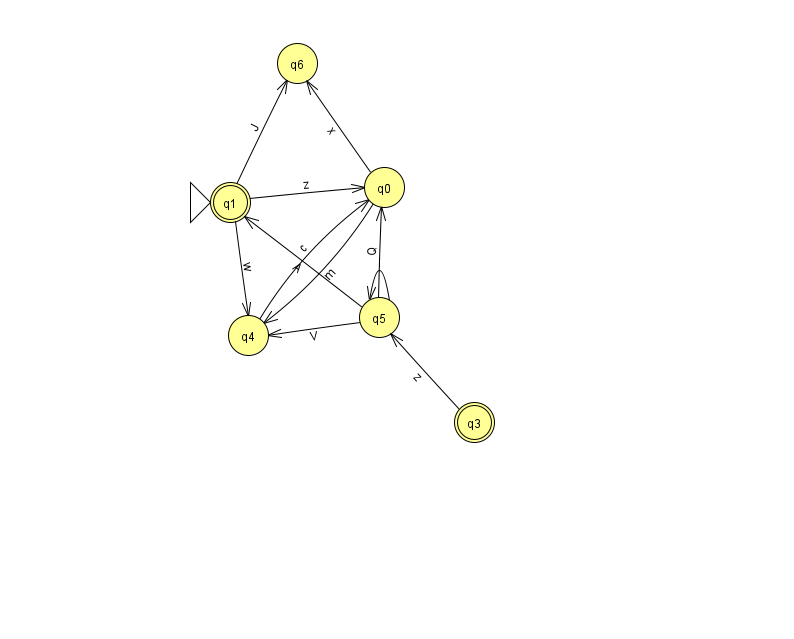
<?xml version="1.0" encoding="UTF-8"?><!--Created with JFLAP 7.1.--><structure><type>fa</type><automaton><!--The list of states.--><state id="0" name="q0"><x>384.0</x><y>174.0</y></state><state id="1" name="q1"><x>230.0</x><y>189.0</y><initial/><final/></state><state id="3" name="q3"><x>474.0</x><y>409.0</y><final/></state><state id="4" name="q4"><x>248.0</x><y>322.0</y></state><state id="5" name="q5"><x>379.0</x><y>304.0</y></state><state id="6" name="q6"><x>297.0</x><y>50.0</y></state><!--The list of transitions.--><transition><from>5</from><to>4</to><read>V</read></transition><transition><from>1</from><to>0</to><read>z</read></transition><transition><from>1</from><to>4</to><read>w</read></transition><transition><from>0</from><to>6</to><read>x</read></transition><transition><from>5</from><to>1</to><read>A</read></transition><transition><from>0</from><to>4</to><read>m</read></transition><transition><from>4</from><to>0</to><read>c</read></transition><transition><from>5</from><to>5</to><read>I</read></transition><transition><from>3</from><to>5</to><read>z</read></transition><transition><from>5</from><to>0</to><read>Q</read></transition><transition><from>1</from><to>6</to><read>J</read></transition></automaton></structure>